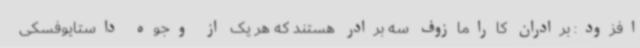
افزود: برادران کارامازوف سه برادر هستند که هر یک از وجوه داستایوفسکی